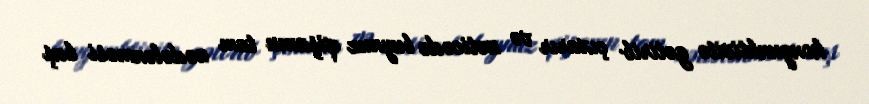
konyunktivitə gətirib çıxarır və nəticədə buynuz qişanın tam zədələnməsi baş